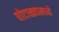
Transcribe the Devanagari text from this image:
घोटाळ्यामध्ये